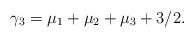
\begin{align*} \gamma_3=\mu_1+\mu_2+\mu_3+3/2.\end{align*}